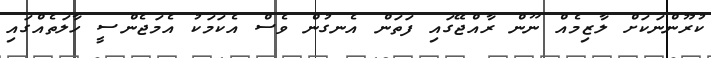
ކުރޫންނަކަށް ލާޒިމެއް ނޫން ރާއްޖޭގައި ފަތަން އެނގުން ވެސް އެކަމަކު އެމަޖެންސީ ހާލަތެއްގައި